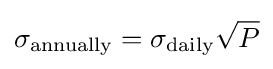
\sigma _{\text{annually}}=\sigma _{\text{daily}}{\sqrt {P}}